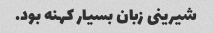
شیرینی زبان بسیار کهنه بود.